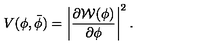
V ( \phi , \bar { \phi } ) = \left| \frac { \partial { \cal W } ( \phi ) } { \partial \phi } \right| ^ { 2 } .